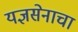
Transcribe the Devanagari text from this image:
यज्ञसेनाचा